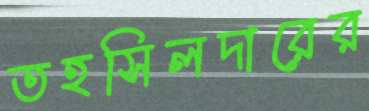
তহসিলদারের